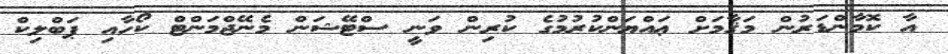
އާ ކޮމާންޑަރުން މަޤާމަށް ޢައްޔަންކުރުމުގެ ކުރިން ވަނީ ސްޓޭޝަން މެނޭޖްމަންޓް ކޯހާއި ޕަބްލިކް